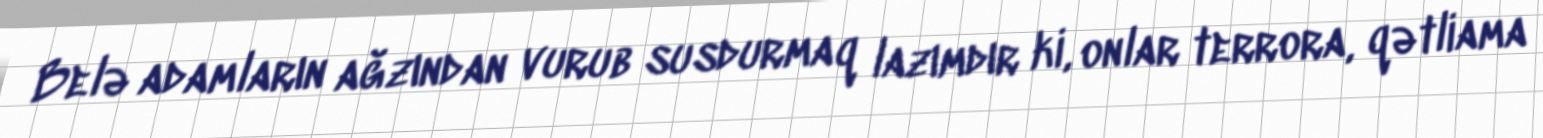
Belə adamların ağzından vurub susdurmaq lazımdır ki, onlar terrora, qətliama